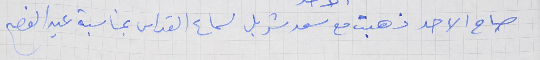
صباح الاحد ذهبت مع سعد شربل لسماع القداس بمناسبة عيد الفصح